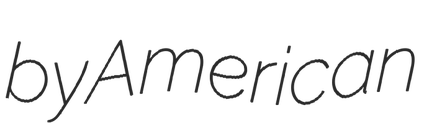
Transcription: by American